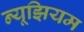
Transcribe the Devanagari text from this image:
न्यूझियम